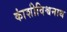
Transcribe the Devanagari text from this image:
कांशीविश्वनाथ